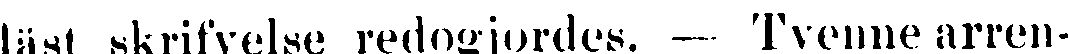
läst skrifvelse redogjordes. — Tvenne arren-